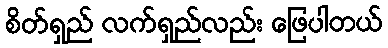
စိတ်ရှည် လက်ရှည်လည်း ဖြေပါတယ်